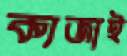
ক্যজাই